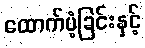
ထောက်ပံ့ခြင်းနှင့်